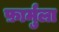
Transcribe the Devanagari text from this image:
फ़ार्मुला